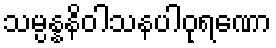
သမ္ပန္နနိဝါသနပါဝုရဏော